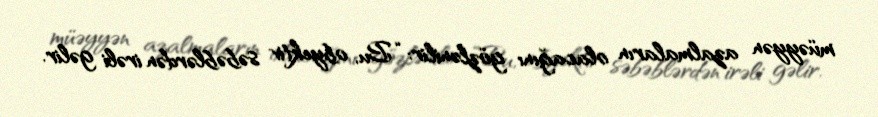
müəyyən azalmaların olacağını gözlənilir: “Bu, obyektiv səbəblərdən irəli gəlir.